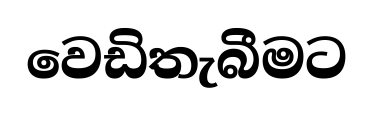
වෙඩිතැබීමට